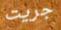
جريت